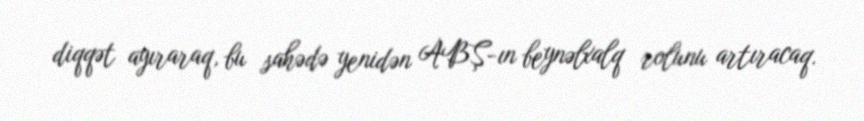
diqqət ayıraraq, bu sahədə yenidən ABŞ-ın beynəlxalq rolunu artıracaq.